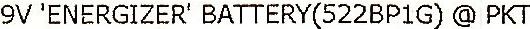
9V 'ENERGIZER' BATTERY(522BP1G) @ PKT